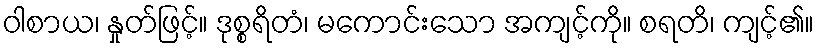
ဝါစာယ၊ နှုတ်ဖြင့်။ ဒုစ္စရိတံ၊ မကောင်းသော အကျင့်ကို။ စရတိ၊ ကျင့်၏။